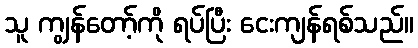
သူ ကျွန်တော့်ကို ရပ်ပြီး ငေးကျန်ရစ်သည်။